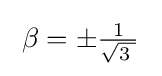
\;\beta =\pm {\tfrac {1}{\sqrt {3\;}}}~